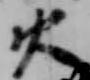
火